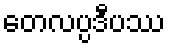
တေလပ္ပဒီပဿ